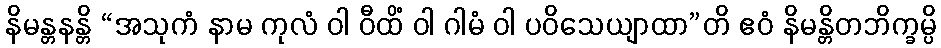
နိမန္တနန္တိ “အသုကံ နာမ ကုလံ ဝါ ဝီထိံ ဝါ ဂါမံ ဝါ ပဝိသေယျာထာ”တိ ဧဝံ နိမန္တိတဘိက္ခမ္ပိ